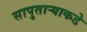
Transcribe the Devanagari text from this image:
सापुताऱ्याकडे